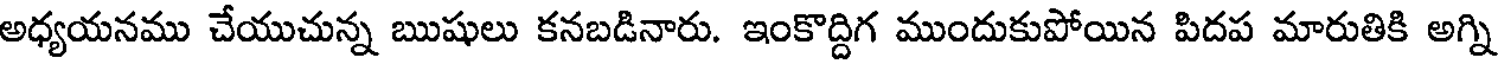
అధ్యయనము చేయుచున్న ఋషులు కనబడినారు. ఇంకొద్దిగ ముందుకుపోయిన పిదప మారుతికి అగ్ని